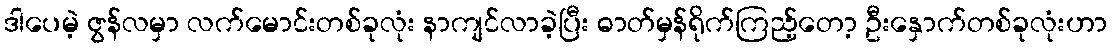
ဒါပေမဲ့ ဇွန်လမှာ လက်မောင်းတစ်ခုလုံး နာကျင်လာခဲ့ပြီး ဓာတ်မှန်ရိုက်ကြည့်တော့ ဦးနှောက်တစ်ခုလုံးဟာ